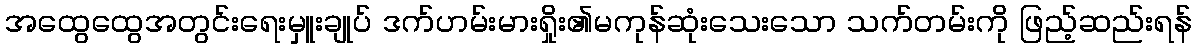
အထွေထွေအတွင်းရေးမှူးချုပ် ဒက်ဟမ်းမားရှိုး၏မကုန်ဆုံးသေးသော သက်တမ်းကို ဖြည့်ဆည်းရန်